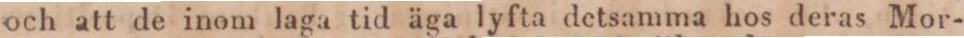
och att de inom laga tid äga lyfta detsamma hos deras Mor-